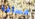
مسافة